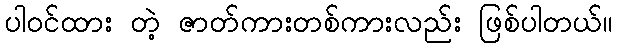
ပါဝင်ထား တဲ့ ဇာတ်ကားတစ်ကားလည်း ဖြစ်ပါတယ်။